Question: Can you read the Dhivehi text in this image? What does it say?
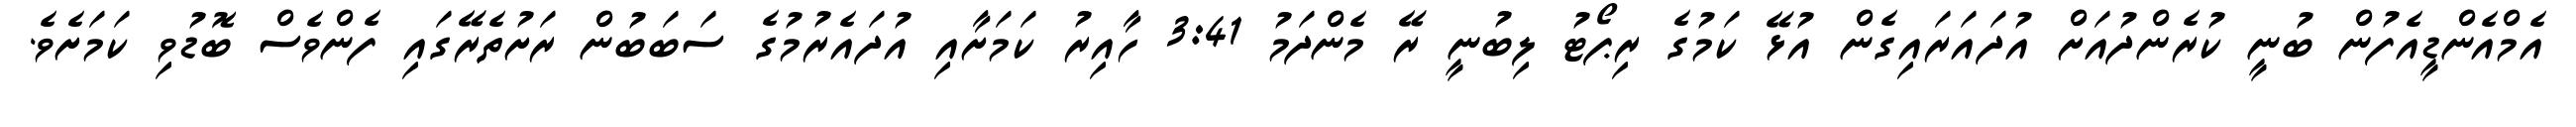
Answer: އެމްއެންޑީއެފުން ބުނީ ކުރެންދުއަށް އުދައަރައިގެން އުޅޭ ކަމުގެ ރިޕޯޓު ލިބުނީ ރޭ މެންދަމު 3:41 ހާއިރު ކަމަށާއި އުދައެރުމުގެ ސަބަބުން ރަށުތެރޭގައި ފެންވެސް ބޮޑުވި ކަމަށެވެ.